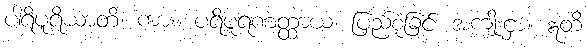
ပါရိပူရိယာတိ၊ ကား။ ပရိပူရဏတ္ထာယ၊ ပြည့်စုံခြင်း အကျိုးငှာ။ ဣတိ